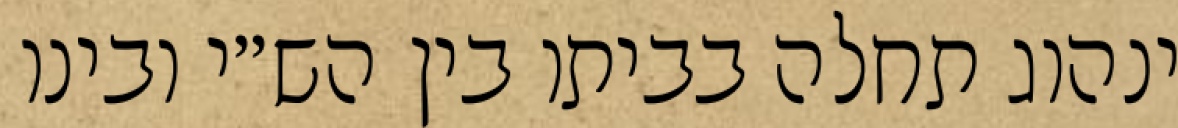
ינהוג תחלה בביתו בין הש״י ובינו